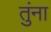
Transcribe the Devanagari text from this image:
तुंना